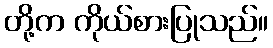
တို့က ကိုယ်စားပြုသည်။